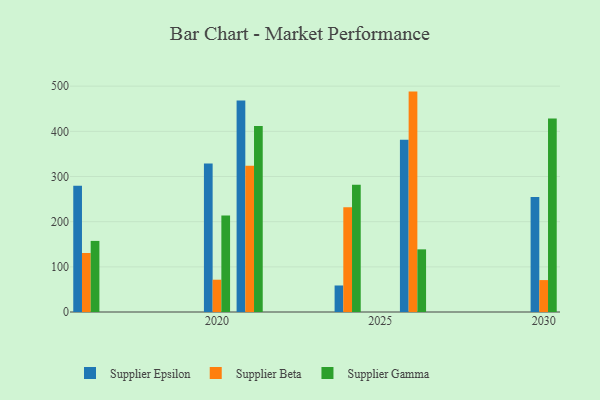
{"axis": {"x": "Year", "y": "Waste Production (Tons)"}, "legend": ["Supplier Beta", "Supplier Epsilon", "Supplier Gamma"], "data": [{"x": "2021", "y": 468.5, "type": "Supplier Epsilon"}, {"x": "2021", "y": 323.8, "type": "Supplier Beta"}, {"x": "2021", "y": 412.1, "type": "Supplier Gamma"}, {"x": "2016", "y": 279.7, "type": "Supplier Epsilon"}, {"x": "2016", "y": 130.7, "type": "Supplier Beta"}, {"x": "2016", "y": 157.4, "type": "Supplier Gamma"}, {"x": "2020", "y": 328.7, "type": "Supplier Epsilon"}, {"x": "2020", "y": 71.5, "type": "Supplier Beta"}, {"x": "2020", "y": 213.9, "type": "Supplier Gamma"}, {"x": "2026", "y": 381.5, "type": "Supplier Epsilon"}, {"x": "2026", "y": 488.0, "type": "Supplier Beta"}, {"x": "2026", "y": 138.7, "type": "Supplier Gamma"}, {"x": "2030", "y": 254.7, "type": "Supplier Epsilon"}, {"x": "2030", "y": 70.7, "type": "Supplier Beta"}, {"x": "2030", "y": 428.7, "type": "Supplier Gamma"}, {"x": "2024", "y": 58.7, "type": "Supplier Epsilon"}, {"x": "2024", "y": 231.9, "type": "Supplier Beta"}, {"x": "2024", "y": 281.8, "type": "Supplier Gamma"}]}